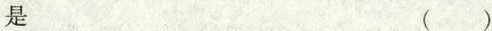
是 ()